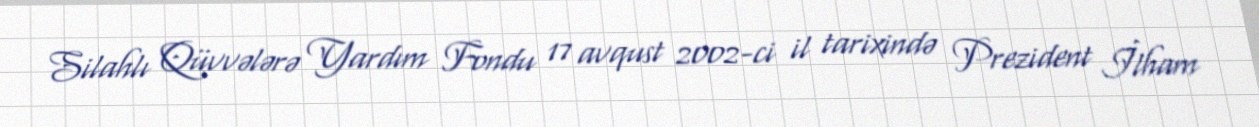
Silahlı Qüvvələrə Yardım Fondu 17 avqust 2002-ci il tarixində Prezident İlham